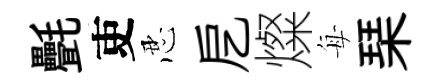
㲲吏忍戹燦每琹